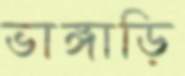
ভাঙ্গাড়ি